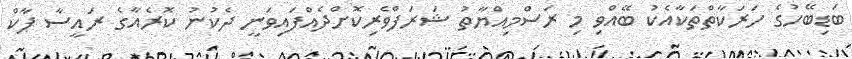
ބަޑިބޭހުގެ ހަރަކާތްތަކާއެކު ބޭއްވި މި ރަސްމިއްޔާތު ޝަރަފްވެރިކޮށްދެއްފައިވަނީ ދެކުނު ކޮރެއާގެ ރައީސާ ޕާކް